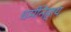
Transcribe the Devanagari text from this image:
धर्मनिहाय